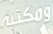
ومكتبة